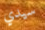
سيدي